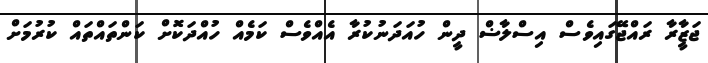
ޖަޒާީރާ ރައްޖޭގައިވެސް އިސްލާޟް ދީން ހުއަދަނުކުރާ އެއްވެސް ކަމެއް ހުއްދަކޮށް ކަންތައްތައް ކުރުމަށް